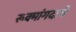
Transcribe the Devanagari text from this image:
रूक्मांगदाचे